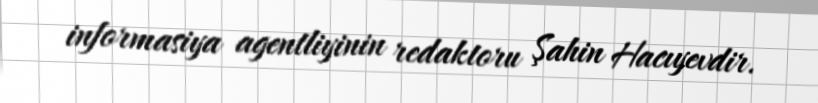
informasiya agentliyinin redaktoru Şahin Hacıyevdir.